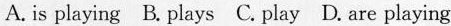
A. is playing B. plays C.play D.are playing